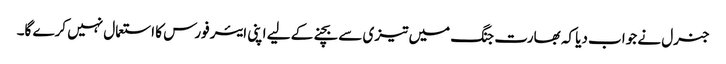
جنرل نے جواب دیا کہ بھارت جنگ میں تیزی سے بچنےکے لیے اپنی ایئر فورس کا استعمال نہیں کرے گا۔